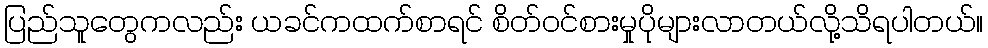
ပြည်သူတွေကလည်း ယခင်ကထက်စာရင် စိတ်ဝင်စားမှုပိုများလာတယ်လို့သိရပါတယ်။